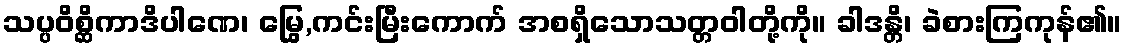
သပ္ပဝိစ္ဆိကာဒိပါဏေ၊ မြွေ,ကင်းမြီးကောက် အစရှိသောသတ္တဝါတို့ကို။ ခါဒန္တိ၊ ခဲစားကြကုန်၏။